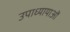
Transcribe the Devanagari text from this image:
उपाध्यायाओं